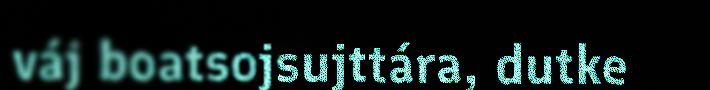
váj boatsojsujttára, dutke